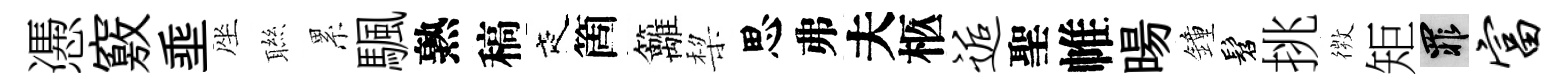
慿竅埀座聮累颿熟稿夜箇籬棃思弗夫柩逅聖帷暘鐘髫挑𢕄矩罪富